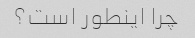
چرا اینطور است؟